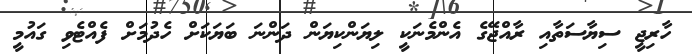
ހާރިޖީ ސިޔާސަތާއި ރާއްޖޭގެ އެންމެނަކީ ލިޔަންކިޔަން ދަންނަ ބަޔަކަށް ހެދުމަށް ފެއްޓެވި ގައުމީ